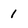
Character: 1